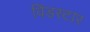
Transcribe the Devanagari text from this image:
विंडस्टार